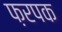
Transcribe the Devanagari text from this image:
फ़रपक